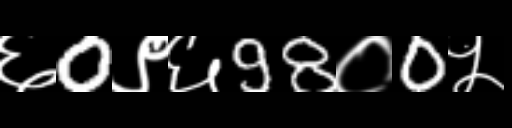
Text: ६0९६98०0५